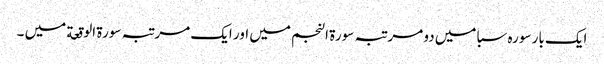
ایک بار سورہ سبا میں دو مر تبہ سورة النجم میں اور ایک مرتبہ سورة الوقعة میں ۔